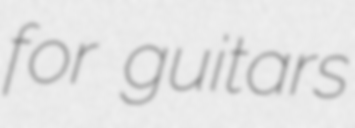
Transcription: for guitars